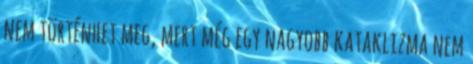
nem történhet meg, mert még egy nagyobb kataklizma nem